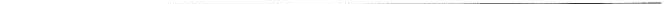
___